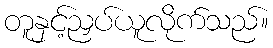
တူနှင့်ညှပ်ယူလိုက်သည်။